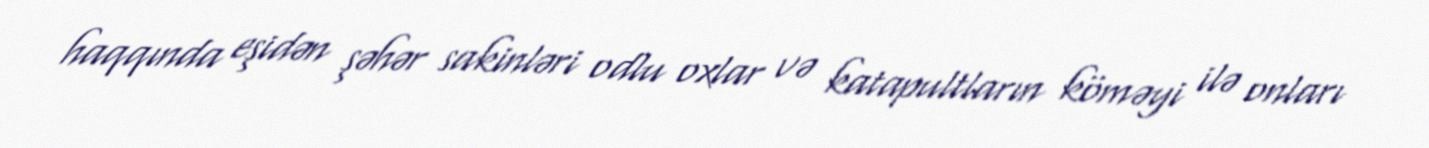
haqqında eşidən şəhər sakinləri odlu oxlar və katapultların köməyi ilə onları